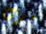
سرت